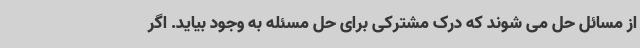
از مسائل حل می شوند که درک مشترکی برای حل مسئله به وجود بیاید. اگر